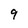
Character: 9